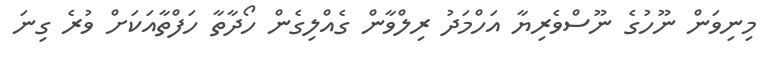
މިނިވަން ނޫހުގެ ނޫސްވެރިޔާ އަހްމަދު ރިލްވާން ގެއްލިގެން ހޯދާތާ ހަފްތާއަކަށް ވުރެ ގިނަ